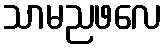
သာမညဖလေ